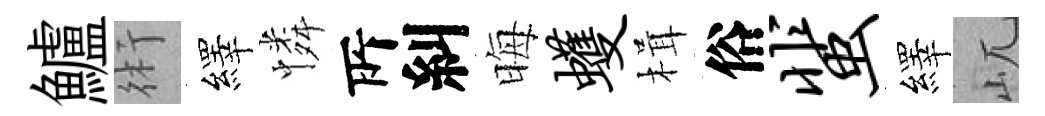
鱸術繹憐𠩄糾晦蠖楫俗蜚繹屼